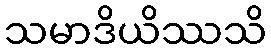
သမာဒိယိဿသိ